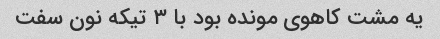
یه مشت کاهوی مونده بود با ۳ تیکه نون سفت